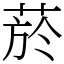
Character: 菸